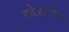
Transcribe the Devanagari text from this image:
कोज़्ोन्स